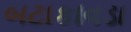
બટાકાવડા